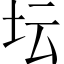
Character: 坛